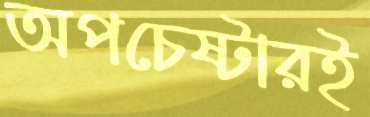
অপচেষ্টারই